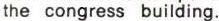
the congress building.